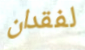
لفقدان